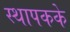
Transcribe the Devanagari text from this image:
स्थापकके